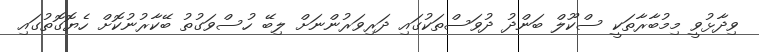
ވިދާޅުވީ މިމުބާރާތަކީ ސްކޫލް ބަންދު ދުވަސްތަކުގައި ދަރިވަރުންނަށް ލިބޭ ހުސްވަގުތު ބޭކާރުނުކޮށް ހެޔޮގޮތުގައި